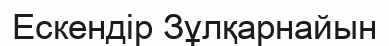
Ескендір Зұлқарнайын